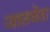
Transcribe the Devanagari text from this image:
जातवेदा